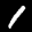
Label: 1